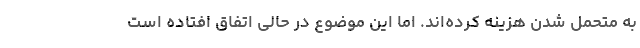
به متحمل شدن هزینه‌ کرده‌اند. اما این موضوع در حالی اتفاق افتاده است